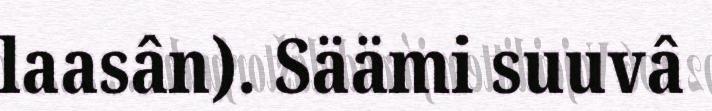
laasân). Säämi suuvâ